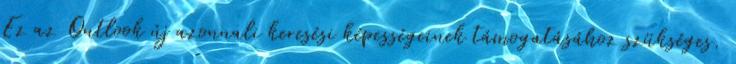
Ez az Outlook új azonnali keresési képességeinek támogatásához szükséges.